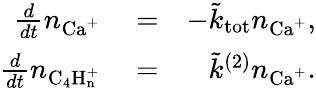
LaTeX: \begin{array}{rlr}{\frac{d}{dt}n_{\mathrm{Ca^{+}}}}&{{}=}&{-\tilde{k}_{\mathrm{tot}}n_{\mathrm{Ca^{+}}},}\\ {\frac{d}{dt}n_{\mathrm{C_{4}H_{n}^{+}}}}&{{}=}&{\tilde{k}^{(2)}n_{\mathrm{Ca^{+}}}.}\end{array}